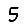
Digit: 5